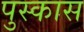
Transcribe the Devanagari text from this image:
पुस्कास